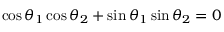
\cos \theta _ { 1 } \cos \theta _ { 2 } + \sin \theta _ { 1 } \sin \theta _ { 2 } = 0